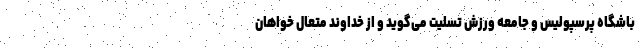
باشگاه پرسپولیس و جامعه ورزش تسلیت می‌گوید و از خداوند متعال خواهان